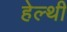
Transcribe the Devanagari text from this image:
हेल्थी